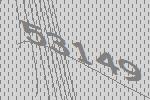
53149